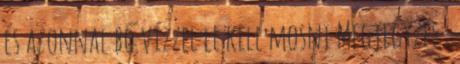
és azonnal bő vízzel le kell mosni Megjegyzés :